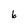
Character: 6